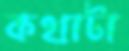
কথাটা